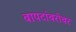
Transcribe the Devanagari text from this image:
बापटांबरोबर